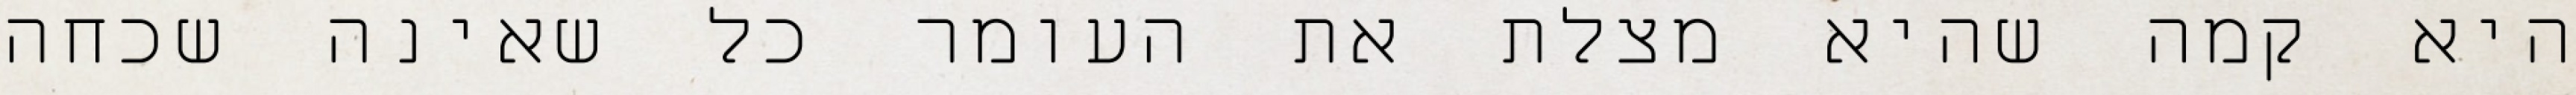
היא קמה שהיא מצלת את העומר כל שאינה שכחה